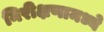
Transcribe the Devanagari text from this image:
निरीक्षणामध्ये